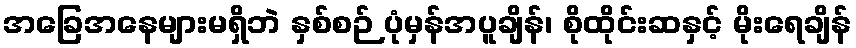
အခြေအနေများမရှိဘဲ နှစ်စဉ် ပုံမှန်အပူချိန်၊ စိုထိုင်းဆနှင့် မိုးရေချိန်